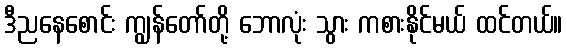
ဒီညနေစောင်း ကျွန်တော်တို့ ဘောလုံး သွား ကစားနိုင်မယ် ထင်တယ်။